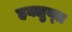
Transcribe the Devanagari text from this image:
हक्लुय्त